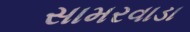
સામરવાડા